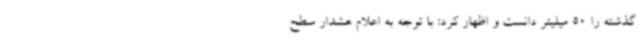
گذشته را 50 میلیتر دانست و اظهار کرد: با توجه به اعلام هشدار سطح